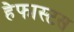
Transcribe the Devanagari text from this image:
हेफास्टस